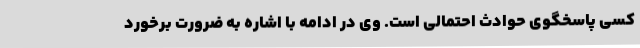
کسی پاسخگوی حوادث احتمالی است‌. وی در ادامه با اشاره به ضرورت برخورد